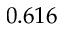
0 . 6 1 6